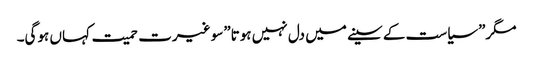
مگر”سیاست کے سینے میں دل نہیں ہوتا”سو غیرت حمیت کہاں ہوگی۔